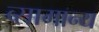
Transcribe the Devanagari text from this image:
व्सामान्य